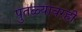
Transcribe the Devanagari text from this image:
पुतळ्यावरही